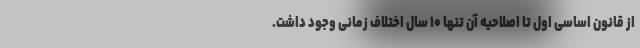
از قانون اساسی اول تا اصلاحیه آن تنها ۱۰ سال اختلاف زمانی وجود داشت.